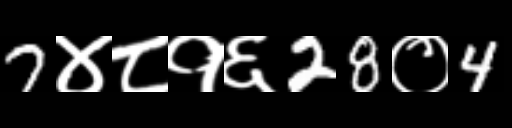
Text: 7४८१६28०4